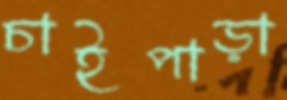
চাইপাড়া